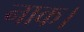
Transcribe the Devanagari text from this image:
नाक।